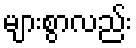
များစွာလည်း